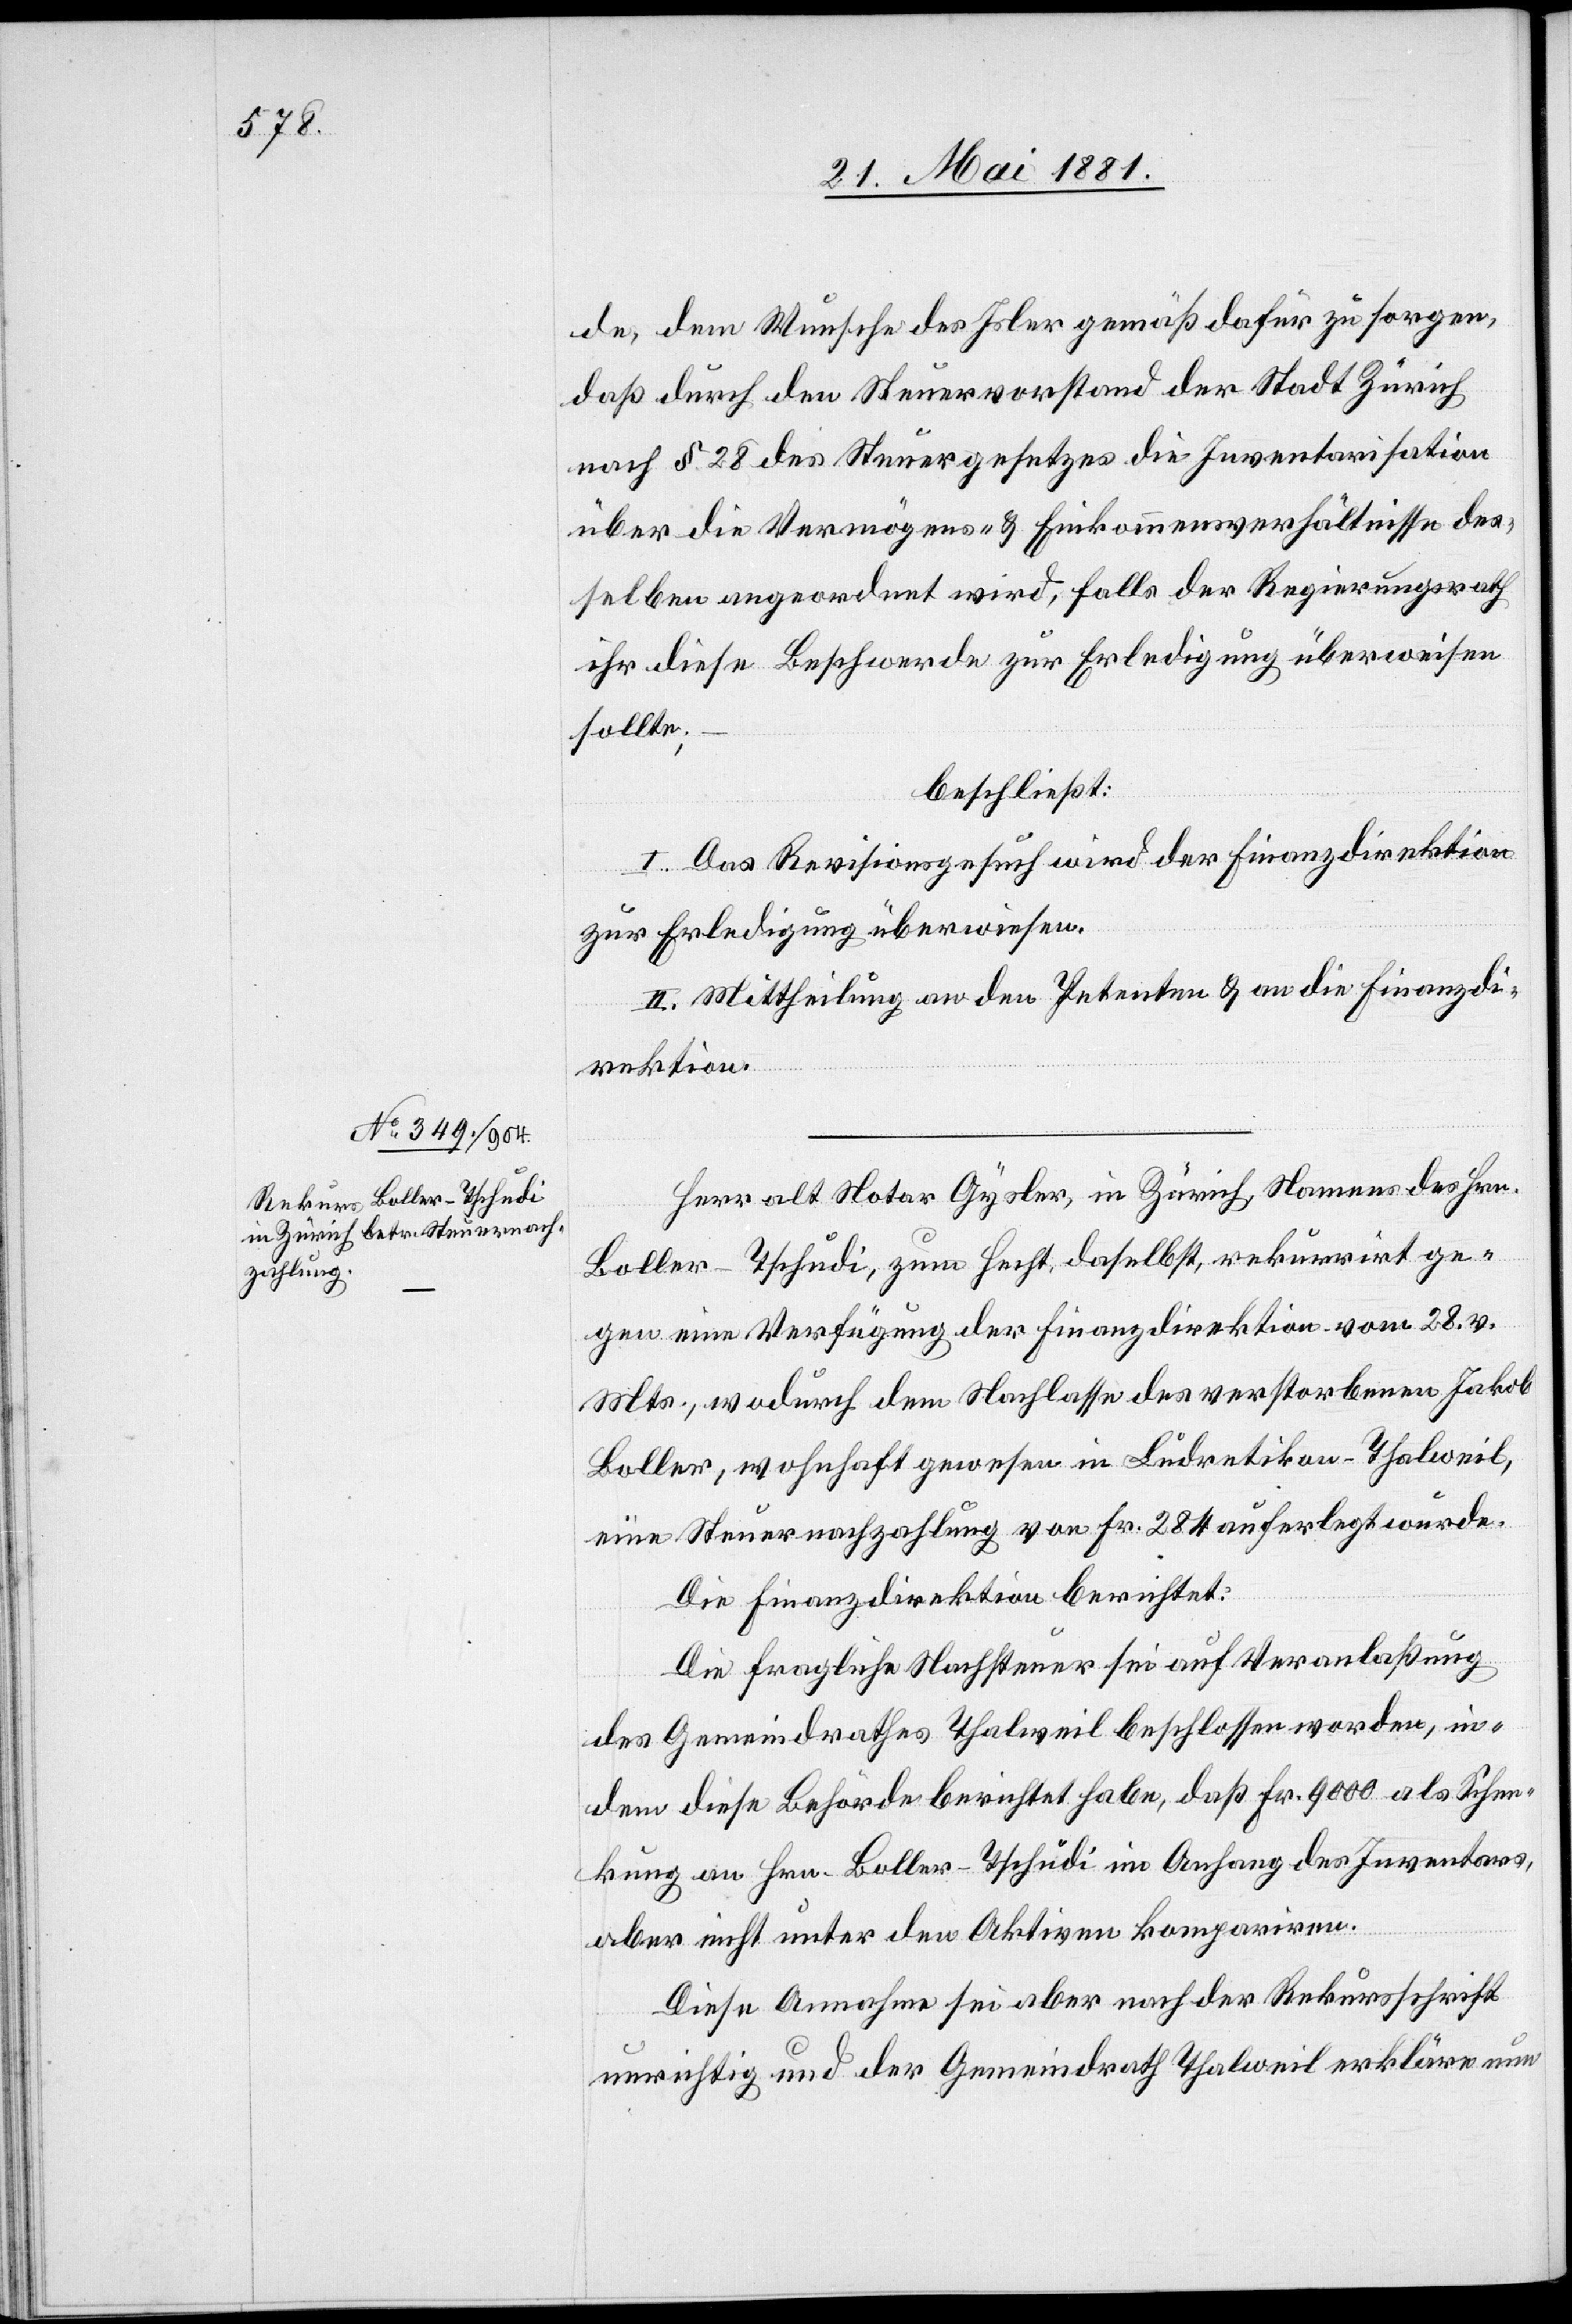
de, dem Wunsche des Isler gemäß dafür zu sorgen,
daß durch den Steuervorstand der Stadt Zürich
nach § 28 des Steuergesetzes die Inventarisation
über die Vermögen- & Einkommensverhältnisse des¬
selben angeordnet wird, falls der Regierungsrath
ihr diese Beschwerde zur Erledigung überweisen
sollte;
beschließt:
I. Das Revisionsgesuch wird der Finanzdirektion
zur Erledigung überwiesen.
II. Mittheilung an den Petenten & an die Finanzdi¬
rektion.
Herr alt Notar Gysler, in Zürich, Namens des Hrn.
Boller-Tschudi, zum Hecht, daselbst, rekurrirt ge¬
gen eine Verfügung der Finanzdirektion vom 28. v.
Mts., wodurch dem Nachlasse des verstorbenen Jakob
Boller, wohnhaft gewesen in Ludretikon - Thalweil,
eine Steuernachzahlung von Fr. 284 auferlegt wurde.
Die Finanzdirektion berichtet:
Die fragliche Nachsteuer sei auf Veranlaßung
des Gemeindrathes Thalweil beschlossen worden, in¬
dem diese Behörde berichtet habe, daß Fr. 9000 als Schen¬
kung an Hrn. Boller-Tschudi in Anfang des Inventars,
aber nicht unter den Aktiven kompariren.
Diese Annahme sei aber nach der Rekursschrift
unrichtig und der Gemeindrath Thalweil erkläre nun